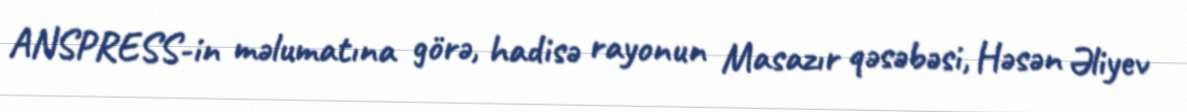
ANSPRESS-in məlumatına görə, hadisə rayonun Masazır qəsəbəsi, Həsən Əliyev